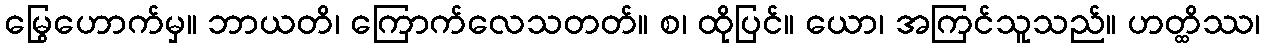
မြွေဟောက်မှ။ ဘာယတိ၊ ကြောက်လေသတတ်။ စ၊ ထိုပြင်။ ယော၊ အကြင်သူသည်။ ဟတ္ထိဿ၊